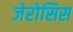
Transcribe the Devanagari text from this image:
जेरोसिस